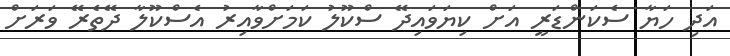
އަދި ހަޔާ ސެކަންޑަރީ އަށް ކިޔަވައިދޭ ސްކޫލު ކަމަށްވާއިރު އެސްކޫލާ ދޭތެރޭ ވަރަށް